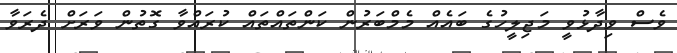
ވެސް ވިދާޅުވީ މަޖިލީހުގެ ބައެއް މެމްބަރުން ކަންތައްތައް ކުރައްވާ ގޮތުން ވަރަށް ދެރަވާ